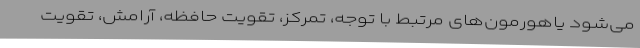
می‌شود یاهورمون‌های مرتبط با توجه، تمرکز، تقویت حافظه، آرامش، تقویت